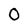
Character: 0